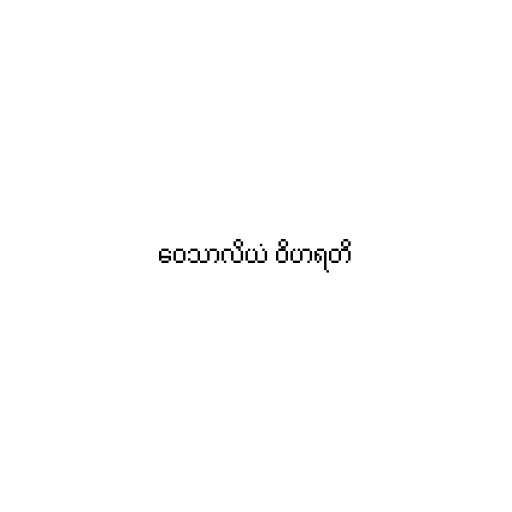
ဝေသာလိယံ ဝိဟရတိ